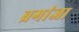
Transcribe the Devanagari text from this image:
ब्रगांजा